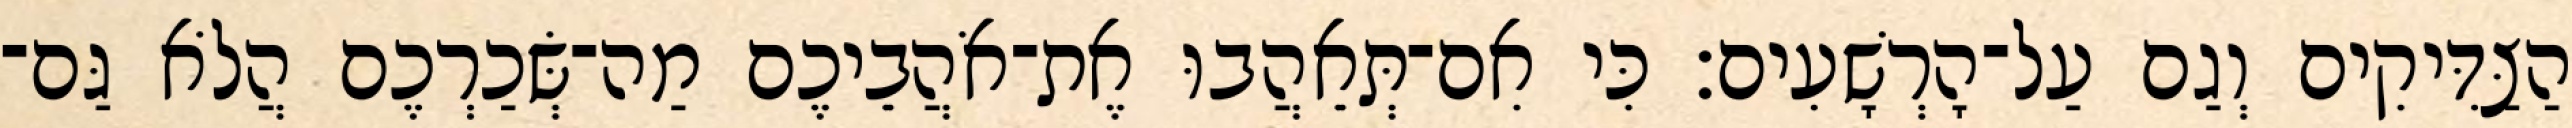
הַצַּדִּיקִים וְגַם עַל־הָרְשָׁעִים׃ כִּי אִם־תְּאֵהֲבוּ אֶת־אֹהֲבֵיכֶם מַה־שְּׂכַרְכֶם הֲלֹא גַּם־